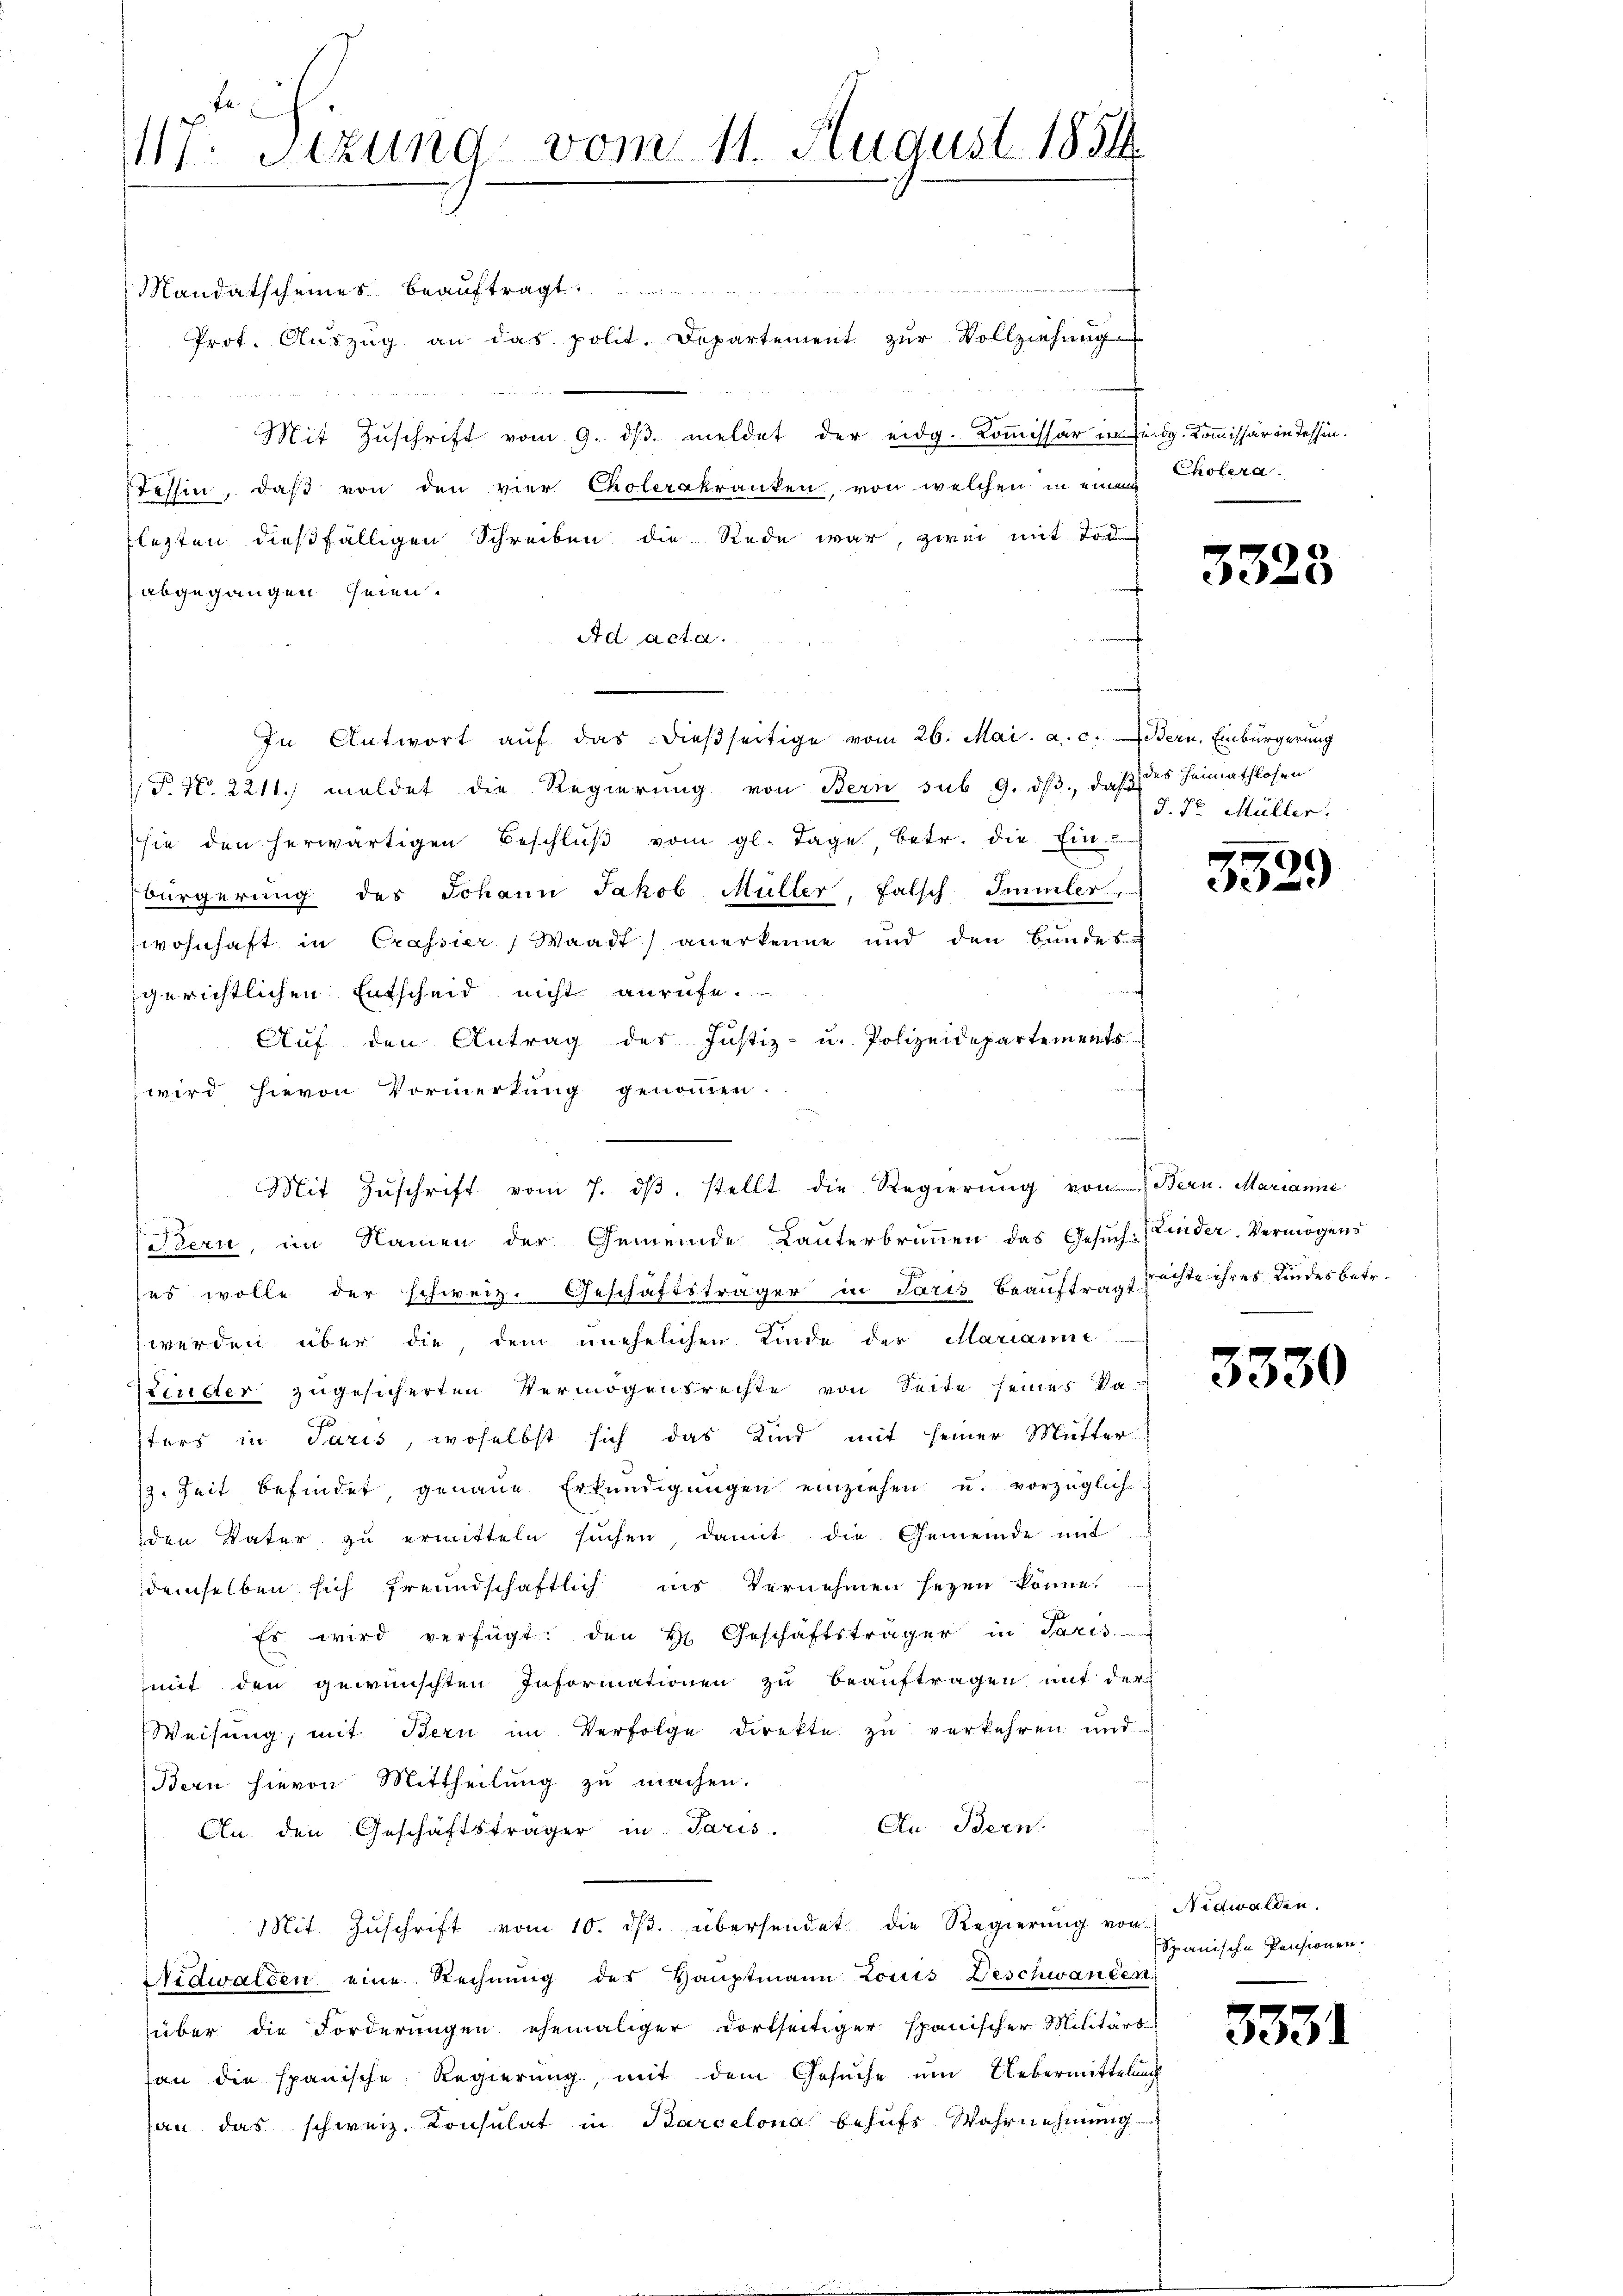
117. Sitzung vom 11. August 1851.

Mandatscheines beauftragt
Prot. Aŭszŭg an das polit. Departement zŭr Vollziehung

Mit Zuschrift vom 9. dβ. meldet der eidg. Kommissär in Zeidg. Kommissär in Tessin¬
Tessin, daß von den vier Cholerakranken, von welchen in einem Cholera.
flegten dießfälligen Schreiben die Rede war, zwei mit Tod
abgegangen seien.
Ad acta.
In Antwort aŭf das dießseitige vom 26. Mai. a. c. Bern, Einbürgerung
P. Nr. 2211. meldet die Regierŭng von Bern sub 9. dβ, daß
sie den herwärtigen Beschlŭβ vom gl. Tage betr. die Ein-
bürgerung des Johann Jakob Müller, falsch Immler,
wohnhaft in Crassier, Waadt anerkenne und den Bŭndes-
gerichtlichen Entscheid nicht anrufe.
Auf den Antrag des Justiz- u. Polizeidepartements
wird hievon Vormerkung genommen.
Seid
Bern, im Namen der Gemeinde Lanterbrŭṅen das Gesŭch-Linder. Vermögens
es wolle der schweiz. Geschäftsträger in Paris beauftragt rechte ihres Kindes betr.
werden über die, dem unehelichen Kinde der Marianne
Linder zugesicherten Vermögensrechte von Seite seines Vatters in Paris, woselbst sich das Kind mit seiner Mutter
19. Zeit befindet, genaue Erkŭndigŭngen einziehen u. vorzügliche
den Vater zu ermitteln suchen, damit die Gemeinde mit
demselben sich freundschaftlich ins Vernehmen seyen könne,
Es wird verfügt: den H. Geschäftsträger in Paris
mit den gewünschten Informationen zu beauftragen mit der
Weisung, mit Bern im Verfolge direkte zu verkehren und
Bern hievon Mittheilŭng zŭ machen.
An. den Geschäftsträger in Paris. An Bern.
Mit Zŭschrift vom 10. dβ. übersendet die Regierŭng von Nidwalden.
Nidwalden eine Rechnung des Hauptmann Louis Beschwanden
über die Forderungen ehemaliger dortseitiger spanischer Militärs
han die spanische Regierŭng, mit dem Gesŭche ŭm Uebermittelung
han das schweiz. Konsulat in Barcelona behufs Wahrnehmung

Mit Zŭschrift vom 7. dβ. stellt die Regierŭng von Bern. Marianne

3325

des Heimathlosen
J. Sr. Müller.

59.

3330

)

Spanische Pensionen.

3331